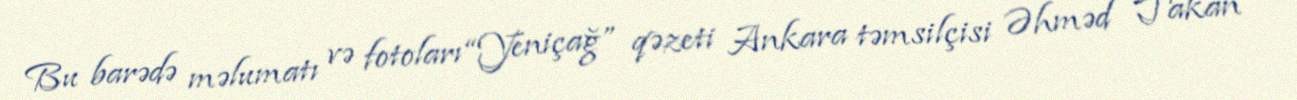
Bu barədə məlumatı və fotoları “Yeniçağ” qəzeti Ankara təmsilçisi Əhməd Takan